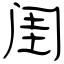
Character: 闺